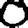
Digit: 0